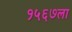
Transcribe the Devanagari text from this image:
१५६७ला